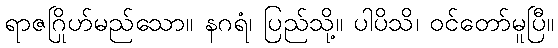
ရာဇဂြိုဟ်မည်သော။ နဂရံ၊ ပြည်သို့။ ပါပိသိ၊ ဝင်တော်မူပြီ။